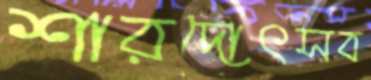
শারদোৎসব